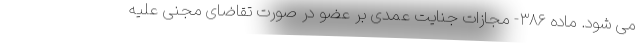
می شود. ماده ۳۸۶- مجازات جنایت عمدی بر عضو در صورت تقاضای مجنی علیه